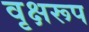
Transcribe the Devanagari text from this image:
वृक्षरूप